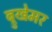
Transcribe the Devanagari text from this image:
ब्रुखेमर